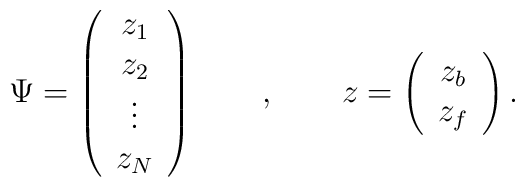
\Psi =\left( \begin{array}{c}z_{1} \\ z_{2} \\ \vdots \\ z_{N}\end{array}\right) \qquad ,\qquad z=\left( \begin{array}{c}z_{b} \\ z_{f}\end{array}\right) .